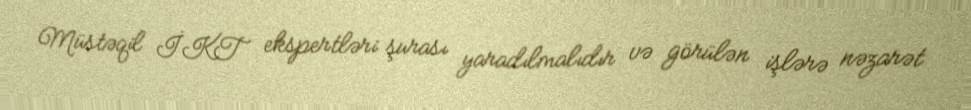
Müstəqil İKT ekspertləri şurası yaradılmalıdır və görülən işlərə nəzarət